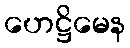
ဟေဋ္ဌိမေန